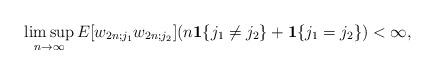
LaTeX: \begin{align*} \limsup_{n \rightarrow \infty} E[w_{2n;j_1} w_{2n;j_2}](n\mathbf{1}\{j_1\neq j_2\} + \mathbf{1}\{j_1=j_2\}) < \infty,\end{align*}